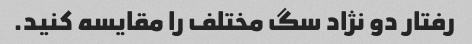
رفتار دو نژاد سگ مختلف را مقایسه کنید.